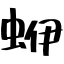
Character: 蛜